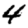
Digit: 4